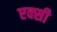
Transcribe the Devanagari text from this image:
एक्सी